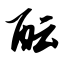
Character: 酝